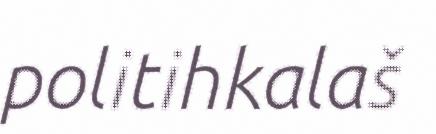
politihkalaš